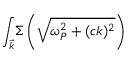
{ \int _ { \vec { k } } } \Sigma \left( \sqrt { \omega _ { P } ^ { 2 } + ( c k ) ^ { 2 } } \right)